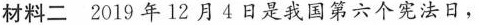
材料二2019年12月4日是我国第六个宪法日，